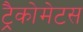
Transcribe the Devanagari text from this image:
ट्रैकोमेटस